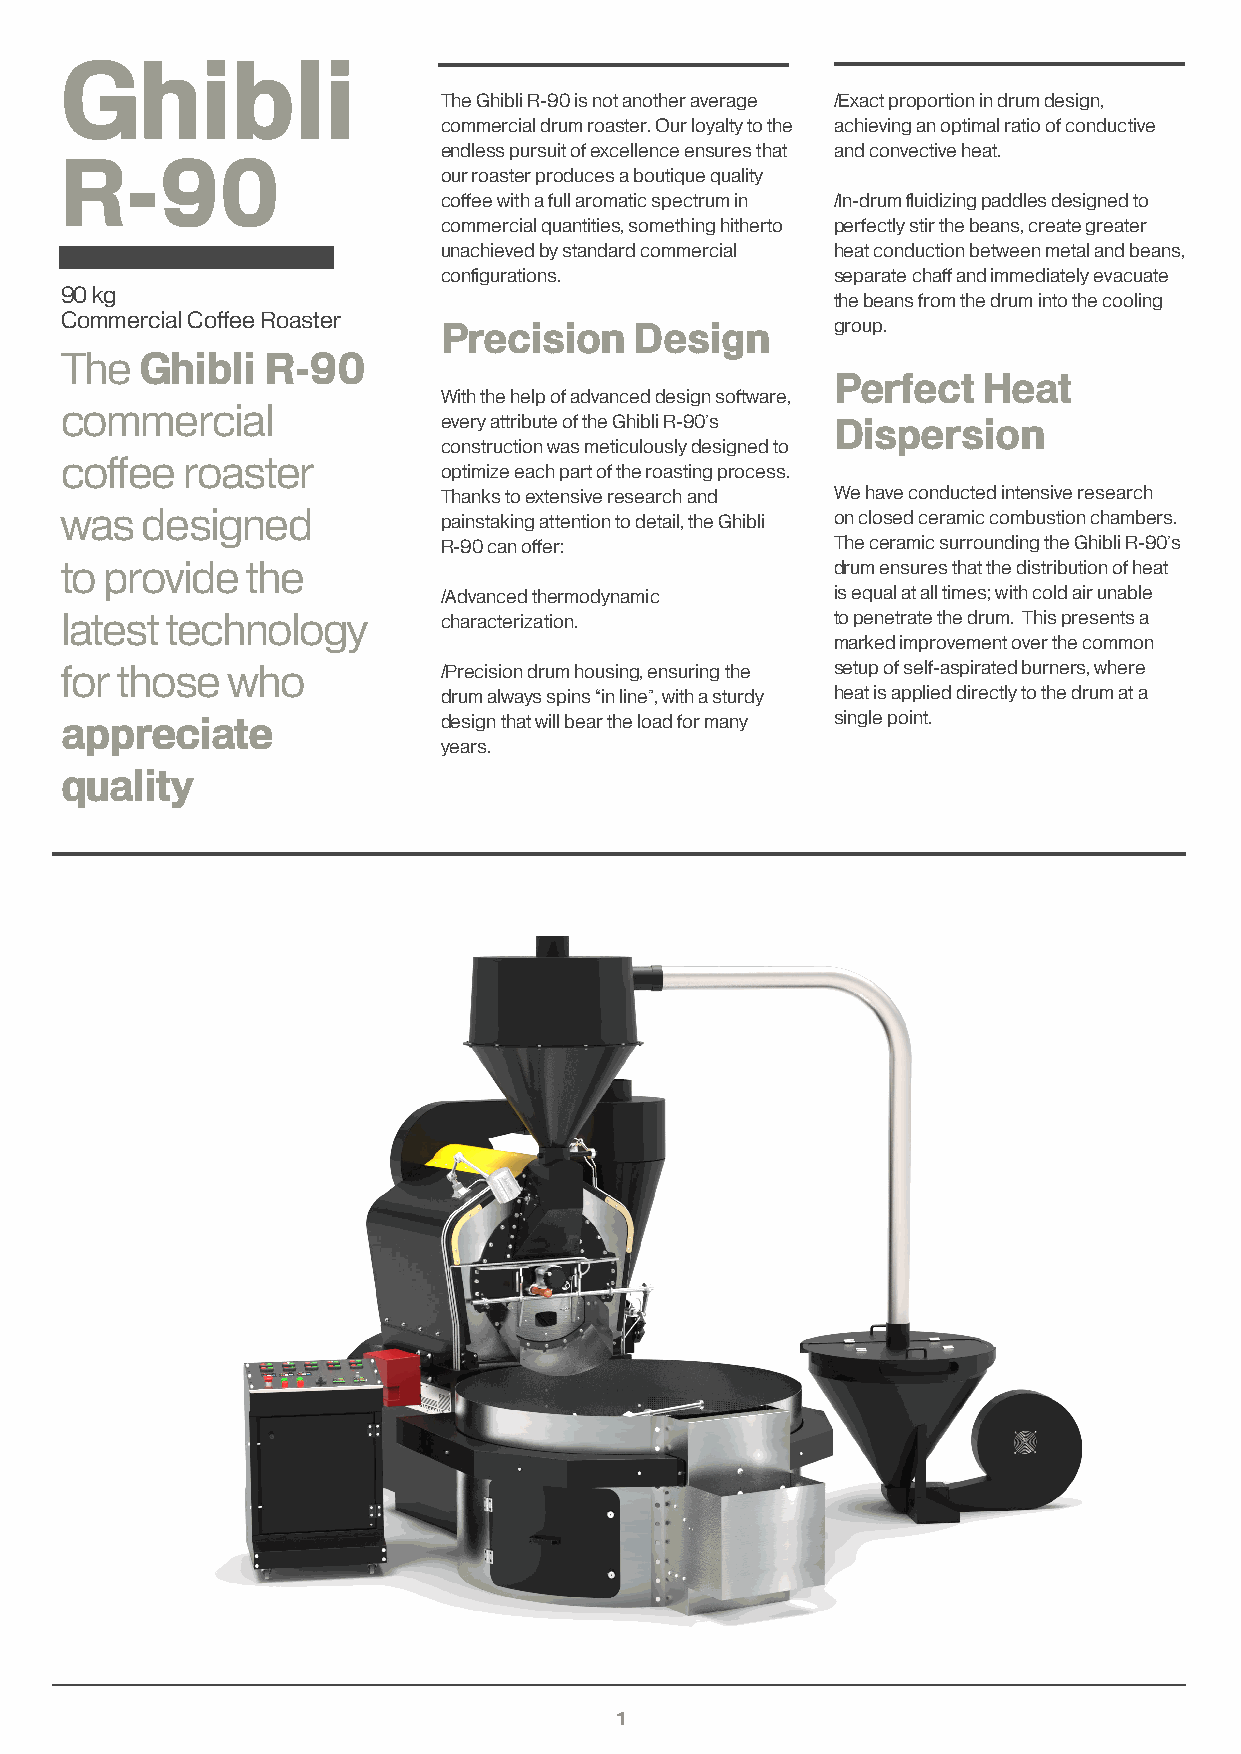
Ghibli
 The Ghibli R-90 is not another average /Exact proportion in drum design,
 commercial drum roaster. Our loyalty to the achieving an optimal ratio of conductive
 endless pursuit of excellence ensures that and convective heat.
 R-90
 our roaster produces a boutique quality
 coffee with a full aromatic spectrum in /In-drum fluidizing paddles designed to
 commercial quantities, something hitherto perfectly stir the beans, create greater
 unachieved by standard commercial heat conduction between metal and beans,
 configurations.           separate chaff and immediately evacuate
 90 kg
 the beans from the drum into the cooling
 Commercial Coffee Roaster
 Precision    Design       group.
 The  Ghibli  R-90
 Perfect   Heat
 With the help of advanced design software,
 commercial
 every attribute of the Ghibli R-90’s Dispersion
 construction was meticulously designed to
 coffee  roaster
 optimize each part of the roasting process.
 Thanks to extensive research and We have conducted intensive research
 was  designed            painstaking attention to detail, the Ghibli on closed ceramic combustion chambers.
 R-90 can offer:           The ceramic surrounding the Ghibli R-90’s
 to provide  the                                    drum ensures that the distribution of heat
 /Advanced thermodynamic   is equal at all times; with cold air unable
 latest technology        characterization.         to penetrate the drum. This presents a
 marked improvement over the common
 for those  who           /Precision drum housing, ensuring the setup of self-aspirated burners, where
 drum always spins “in line”, with a sturdy heat is applied directly to the drum at a
 appreciate               design that will bear the load for many single point.
 years.
 quality
 1